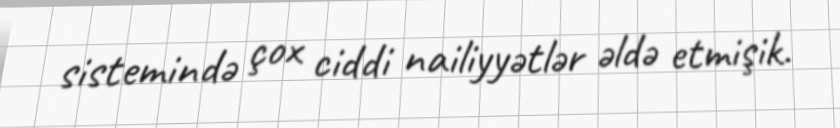
sistemində çox ciddi nailiyyətlər əldə etmişik.